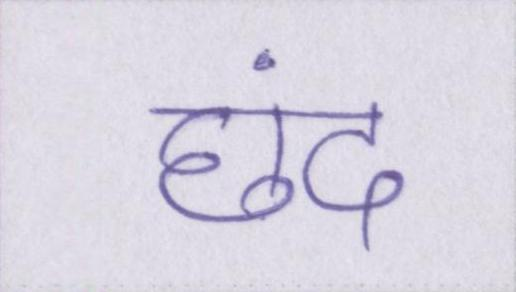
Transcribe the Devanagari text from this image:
छंद